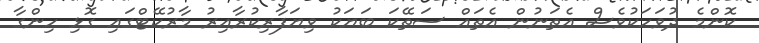
ކޮންމެ ދުވަހަކުވެސް އެތަނުން އެތައް ސަތޭކަ ބަޔަކު ވިޔަފާރިކުރާއިރު މާރުކޭޓްގައި ގޮޅި ހިންގާ